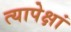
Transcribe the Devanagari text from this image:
त्यापेक्षां